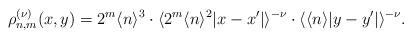
LaTeX: \begin{align*}\rho_{n,m}^{(\nu)}(x,y)=2^m \langle n\rangle^{3}\cdot \langle 2^m \langle n\rangle^{2} |x-x'|\rangle^{-\nu}\cdot\langle \langle n\rangle |y-y'|\rangle^{-\nu}.\end{align*}